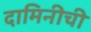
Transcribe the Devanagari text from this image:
दामिनीची